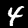
Digit: 4